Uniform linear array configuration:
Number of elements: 32
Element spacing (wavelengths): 0.25
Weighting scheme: hamming
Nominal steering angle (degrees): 30
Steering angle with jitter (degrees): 30.061
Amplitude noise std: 0.05
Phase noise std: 0.05

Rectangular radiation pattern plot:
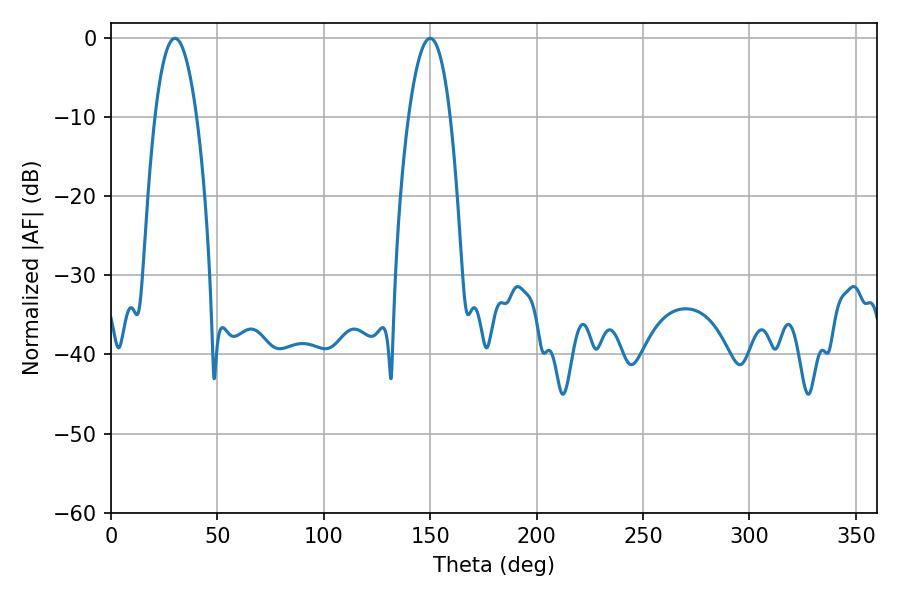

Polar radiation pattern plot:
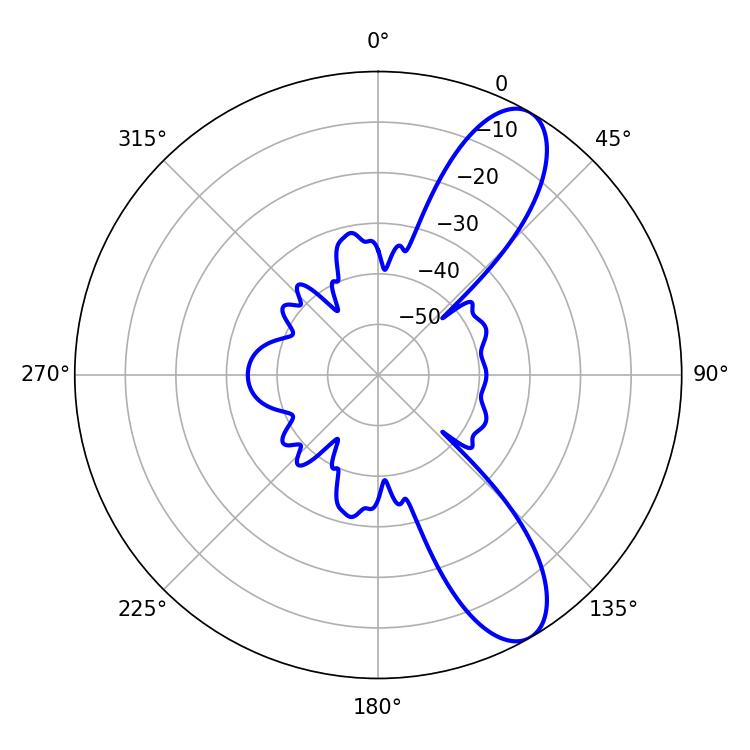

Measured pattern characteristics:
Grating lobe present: FALSE
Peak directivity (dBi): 9.928
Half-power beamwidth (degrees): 10.98
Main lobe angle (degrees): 30.06